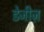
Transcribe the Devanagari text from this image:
डेजीज़